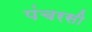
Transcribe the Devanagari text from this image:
पंचरसी